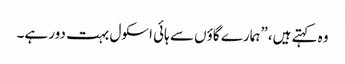
وہ کہتے ہیں،”ہمارے گاؤں سے ہائی اسکول بہت دور ہے۔